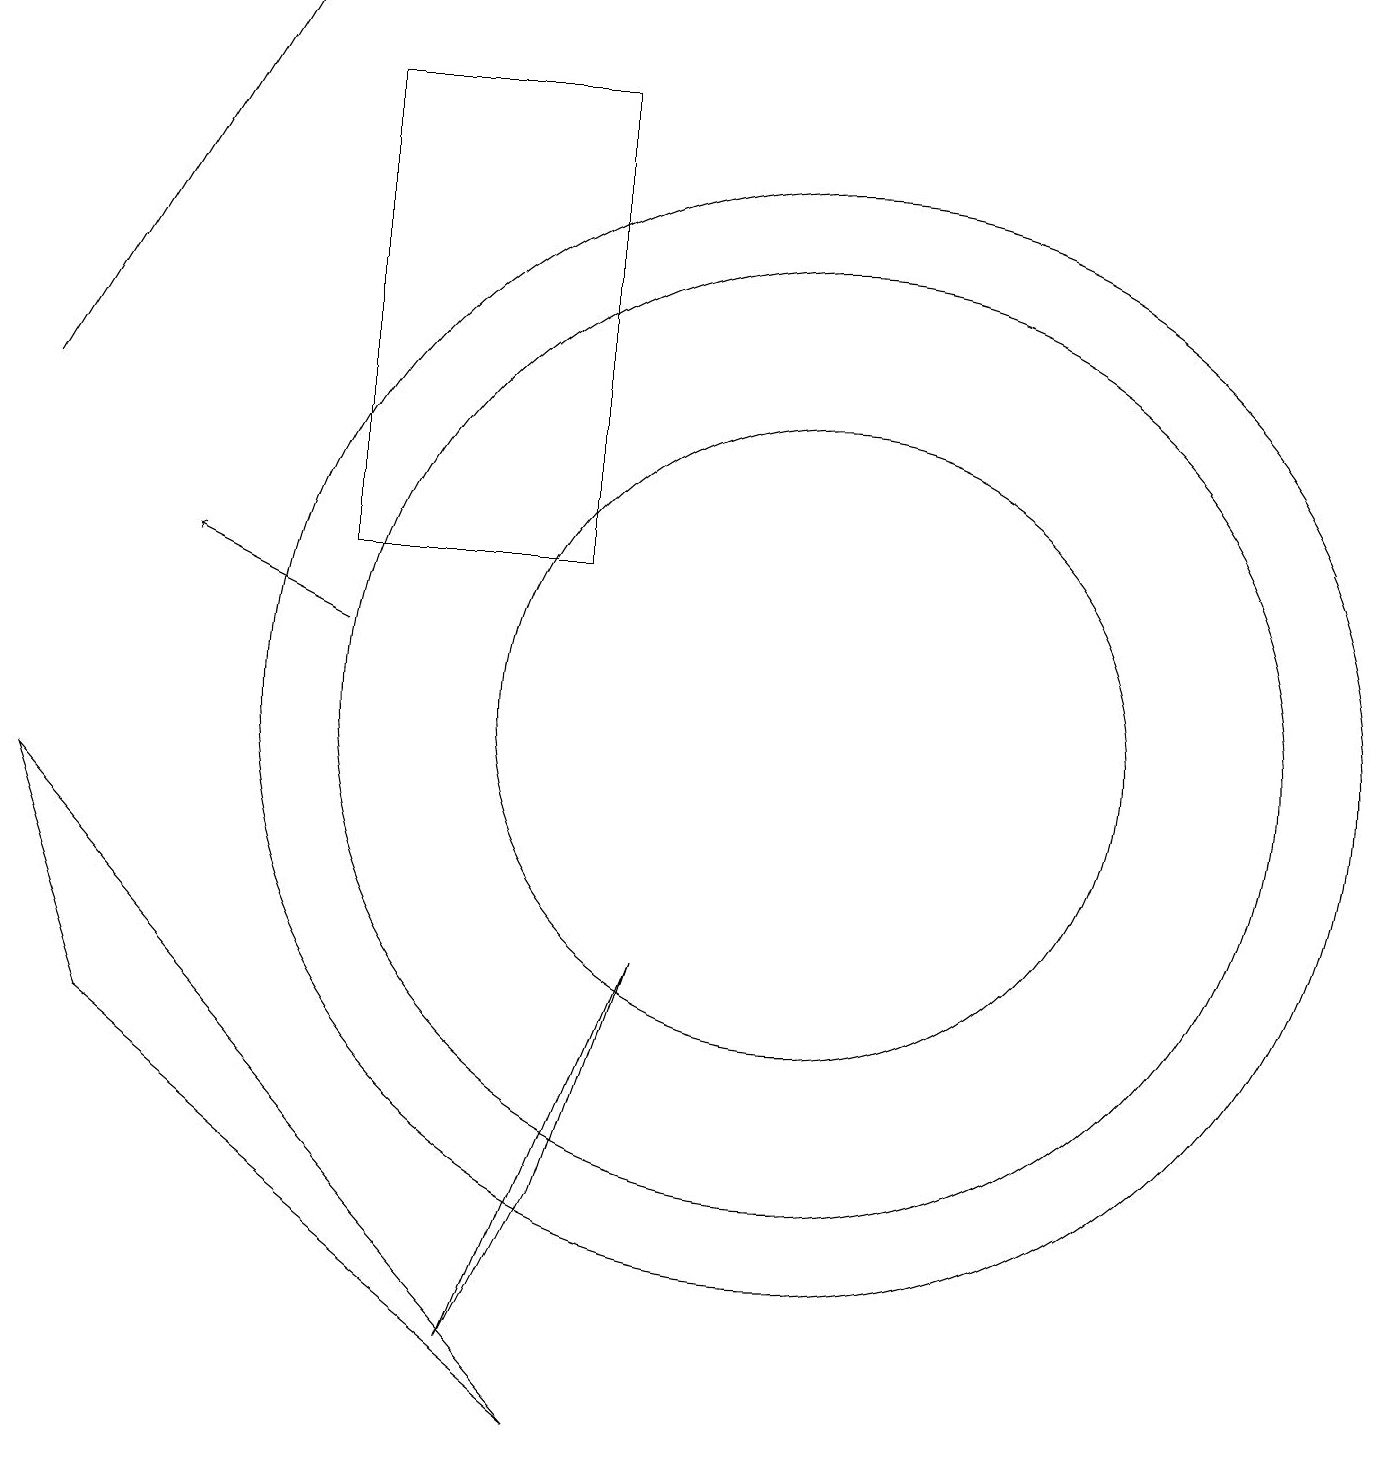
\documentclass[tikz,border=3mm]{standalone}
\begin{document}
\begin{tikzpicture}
\draw[->] (0,14) -- (3,19);
\draw (7,12) rectangle (4,18);
\draw[->] (4,11) -- (2,12);
\draw (10,10) circle (6);
\draw (10,10) circle (4);
\draw (10,10) circle (7);
\draw (8,7) -- (6,2) -- (7,4) -- cycle;
\draw (0,9) -- (7,1) -- (1,6) -- cycle;
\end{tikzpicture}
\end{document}